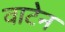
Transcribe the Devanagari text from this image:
वाटेन